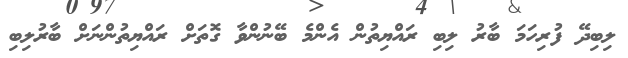
ލިބިދޭ ފުރިހަމަ ބާރު ލިބި ރައްޔިތުން އެންމެ ބޭނުންވާ ގޮތަށް ރައްޔިތުންނަށް ބާރުލިބި